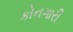
કોનગારી